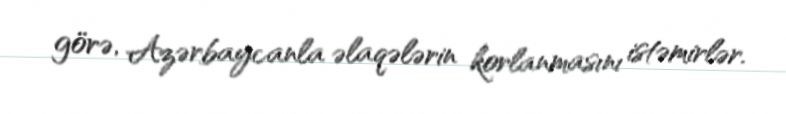
görə, Azərbaycanla əlaqələrin korlanmasını istəmirlər.